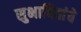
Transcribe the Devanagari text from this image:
सुभाषितांचे